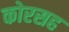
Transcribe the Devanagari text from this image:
कोरसह